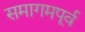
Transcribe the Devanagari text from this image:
समागमपूर्व